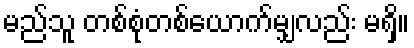
မည်သူ တစ်စုံတစ်ယောက်မျှလည်း မရှိ။